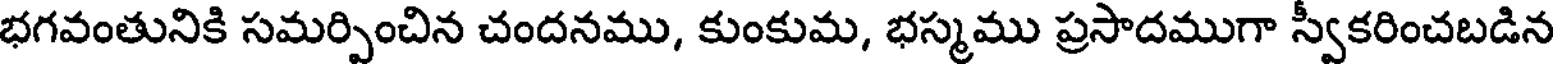
భగవంతునికి సమర్పించిన చందనము, కుంకుమ, భస్మము ప్రసాదముగా స్వకరించబడిన